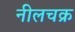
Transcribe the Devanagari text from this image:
नीलचक्र